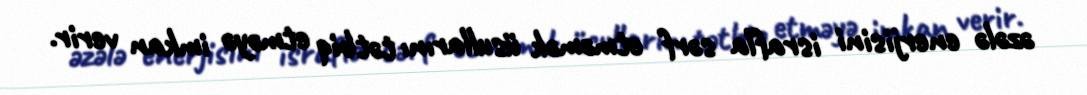
əzələ enerjisini israfla sərf etməmək üsullarını tətbiq etməyə imkan verir.